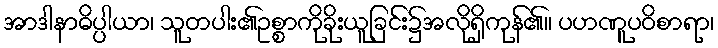
အာဒါနာဓိပ္ပါယာ၊ သူတပါး၏ဥစ္စာကိုခိုးယူခြင်း၌အလိုရှိကုန်၏။ ပဟဏူပဝိစာရာ၊